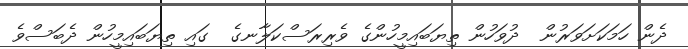
ދެން ހަމަކަށަވަރުން  ދުވަހުން ތިޔަބައިމީހުންގެ ވެރިރަސްކަލާނގެ  ގައި ތިޔަބައިމީހުން ދެބަސްވެ